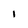
Character: 1